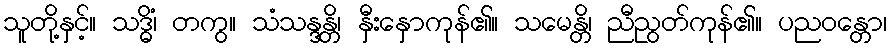
သူတို့နှင့်။ သဒ္ဓိံ၊ တကွ။ သံသန္ဒန္တိ၊ နှီးနှောကုန်၏။ သမေန္တိ၊ ညီညွတ်ကုန်၏။ ပညဝန္တော၊